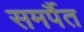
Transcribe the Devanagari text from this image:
समर्पैत